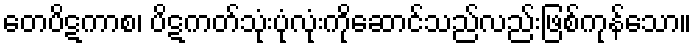
တေပိဋကာစ၊ ပိဋကတ်သုံးပုံလုံးကိုဆောင်သည်လည်းဖြစ်ကုန်သော။